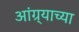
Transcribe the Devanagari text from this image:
आंग्र्‍याच्या